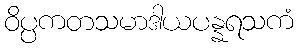
ဝိပ္ပကတသမာဒါယပန္နရသကံ